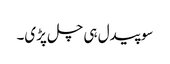
سو پیدل ہی چل پڑی۔